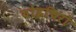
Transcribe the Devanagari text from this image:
योइचिरो